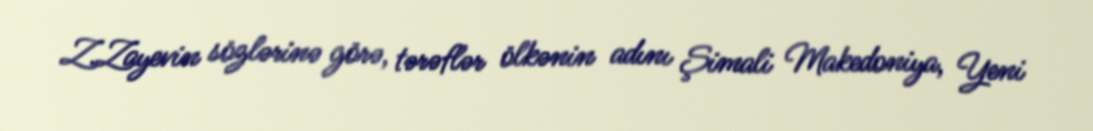
Z.Zayevin sözlərinə görə, tərəflər ölkənin adını Şimali Makedoniya, Yeni